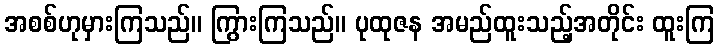
အစစ်ဟုမှားကြသည်။ ကြွားကြသည်။ ပုထုဇန အမည်ထူးသည့်အတိုင်း ထူးကြ